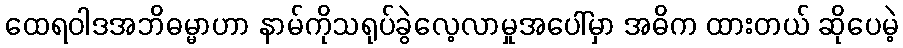
ထေရဝါဒအဘိဓမ္မာဟာ နာမ်ကိုသရုပ်ခွဲလေ့လာမှုအပေါ်မှာ အဓိက ထားတယ် ဆိုပေမဲ့